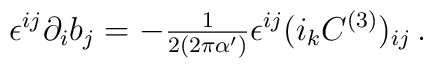
\epsilon^{ij}\partial_i b_j=-{\textstyle\frac{1}{2(2\pi\alpha^\prime)}}\epsilon^{ij}(i_k C^{(3)})_{ij}\, .